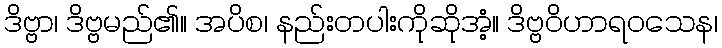
ဒိဗ္ဗာ၊ ဒိဗ္ဗမည်၏။ အပိစ၊ နည်းတပါးကိုဆိုအံ့။ ဒိဗ္ဗဝိဟာရဝသေန၊